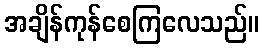
အချိန်ကုန်စေကြလေသည်။